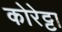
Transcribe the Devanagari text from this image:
कोरेट्टा